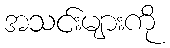
အသင်းများကို